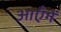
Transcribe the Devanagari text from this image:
आएँगें